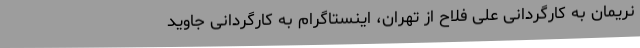
نریمان به کارگردانی علی فلاح از تهران، اینستاگرام به کارگردانی جاوید